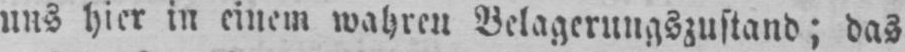
uns hier in einem wahren Belagerungszustand; das